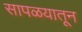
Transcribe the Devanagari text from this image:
सापळयातून